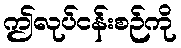
ဤလုပ်ငန်းစဉ်ကို